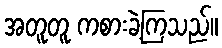
အတူတူ ကစားခဲ့ကြသည်။